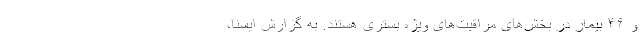
و ۴۶ بیمار در بخش‌های مراقبت‌های ویژه بستری هستند. به گزارش ایسنا،